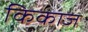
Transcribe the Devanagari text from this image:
किकाज